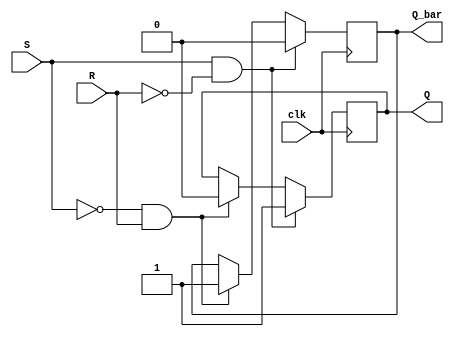
module Gated_SR_flipflop (
    input wire clk,     // Clock input
    input wire S,       // Set input
    input wire R,       // Reset input
    output reg Q,       // Q output
    output reg Q_bar    // Q_bar output
);

always @(posedge clk) begin
    if (S && !R) begin
        Q <= 1'b1;      // Set Q to high
        Q_bar <= 1'b0;  // Set Q_bar to low
    end else if (!S && R) begin
        Q <= 1'b0;      // Reset Q to low
        Q_bar <= 1'b1;  // Set Q_bar to high
    end
end

endmodule